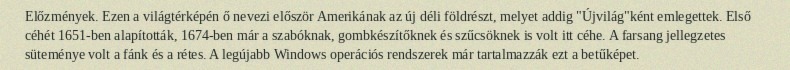
Előzmények. Ezen a világtérképén ő nevezi először Amerikának az új déli földrészt, melyet addig "Újvilág"ként emlegettek. Első céhét 1651-ben alapították, 1674-ben már a szabóknak, gombkészítőknek és szűcsöknek is volt itt céhe. A farsang jellegzetes süteménye volt a fánk és a rétes. A legújabb Windows operációs rendszerek már tartalmazzák ezt a betűképet.